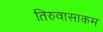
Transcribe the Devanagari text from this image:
तिरुवासाकम